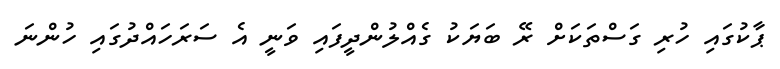
ޕާކުގައި ހުރި ގަސްތަކަށް ރޭ ބަޔަކު ގެއްލުންދީފައި ވަނީ އެ ސަރަހައްދުގައި ހުންނަ